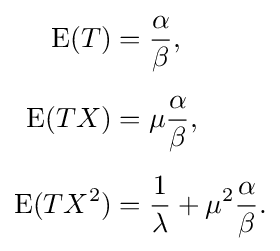
{\begin{aligned}\operatorname {E} (T)&={\frac {\alpha }{\beta }},\\[5pt]\operatorname {E} (TX)&=\mu {\frac {\alpha }{\beta }},\\[5pt]\operatorname {E} (TX^{2})&={\frac {1}{\lambda }}+\mu ^{2}{\frac {\alpha }{\beta }}.\end{aligned}}